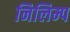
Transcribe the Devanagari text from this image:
निलिम्प